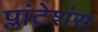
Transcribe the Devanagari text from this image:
प्लांटेशंस